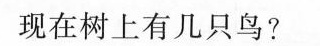
现在树上有几只鸟?